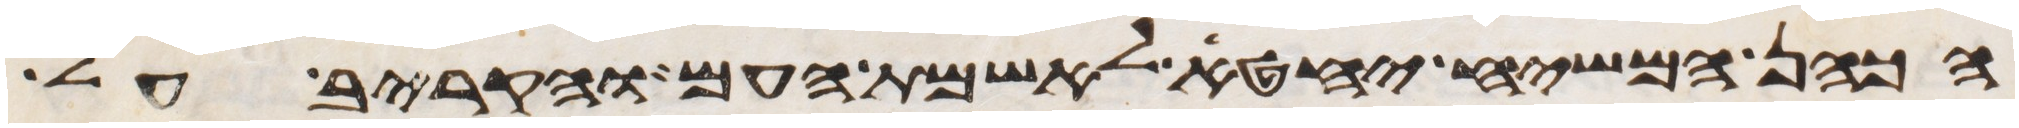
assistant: הכהן המשיח יחטא לאשמת העם והקריב על